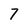
Character: 7